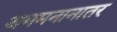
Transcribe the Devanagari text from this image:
अगमनानातर